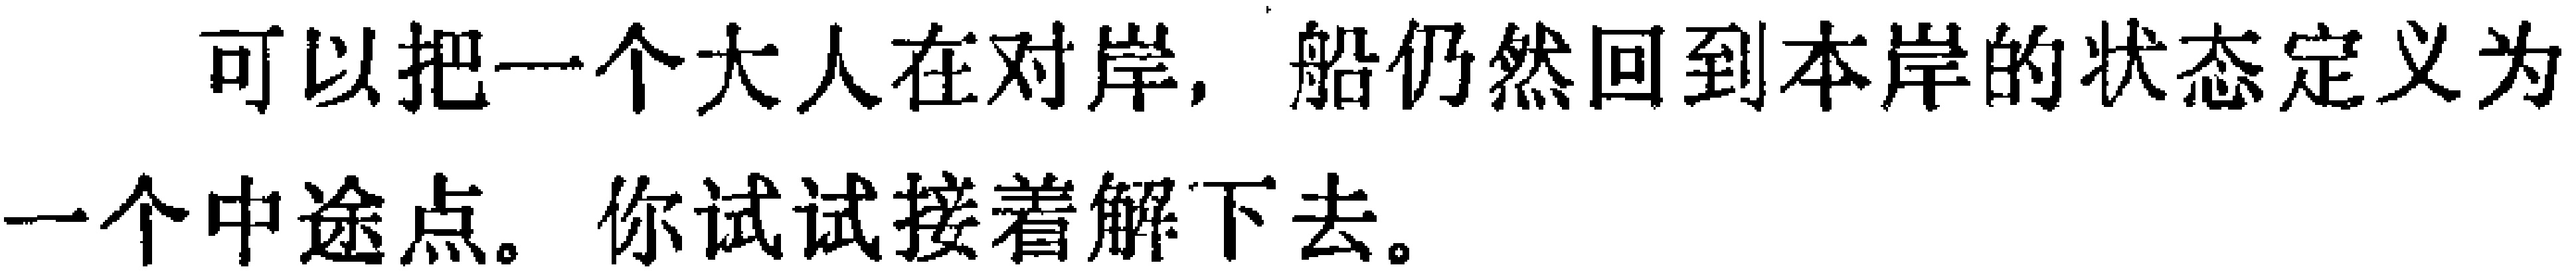
可以把一个大人在对岸, 船仍然回到本岸的状态定义为一个中途点。你试试接着解下去。